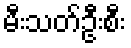
မီးသတ်ဦးစီး